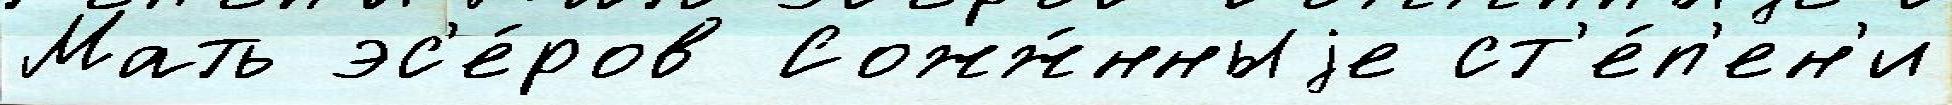
Мать эс'е́ров Сожж́нныjе ст'е́п'ен'и